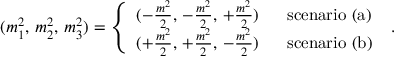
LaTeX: ( m _ { 1 } ^ { 2 } , \, m _ { 2 } ^ { 2 } , \, m _ { 3 } ^ { 2 } ) = \left\{ \begin{array} { c l } { { ( - \frac { m ^ { 2 } } { 2 } , \, - \frac { m ^ { 2 } } { 2 } , \, + \frac { m ^ { 2 } } { 2 } ) } } & { { \mathrm { \ \ s c e n a r i o \ ( a ) } } } \\ { { ( + \frac { m ^ { 2 } } { 2 } , \, + \frac { m ^ { 2 } } { 2 } , \, - \frac { m ^ { 2 } } { 2 } ) } } & { { \mathrm { \ \ s c e n a r i o \ ( b ) } } } \end{array} \right. \ .